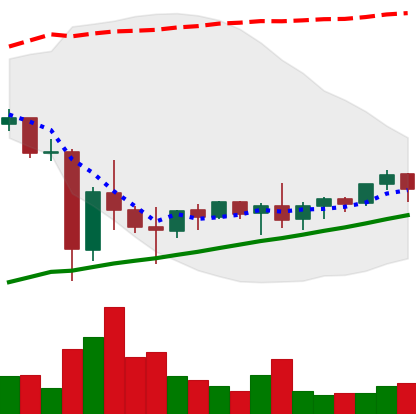
Ticker: XMR-USD
Chart end date: 2021-06-04
Forward return: -4.568%
Label: down_3_5